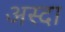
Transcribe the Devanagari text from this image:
अस्दा